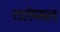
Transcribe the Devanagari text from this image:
शलेष्मल